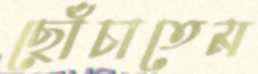
ছোঁচাতেম